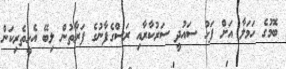
ބޮމުގެ ހަމަލާ އަށް ފަހު ސައުދީ ސަރުކާރާއި ރަސްގެފާނުގެ ފަރާތުން ލިބޭ އެހީތެރިކަން